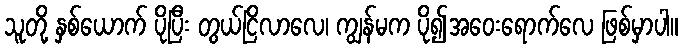
သူတို့ နှစ်ယောက် ပိုပြီး တွယ်ငြိလာလေ၊ ကျွန်မက ပို၍အဝေးရောက်လေ ဖြစ်မှာပါ။